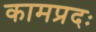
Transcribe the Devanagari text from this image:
कामप्रदः